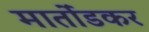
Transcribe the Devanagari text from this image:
मार्तोंडकर